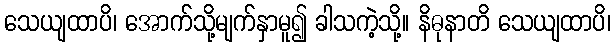
သေယျထာပိ၊ အောက်သို့မျက်နှာမူ၍ ခါသကဲ့သို့။ နိဓုနာတိ သေယျထာပိ၊